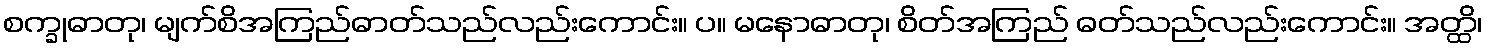
စက္ခုဓာတု၊ မျက်စိအကြည်ဓာတ်သည်လည်းကောင်း။ ပ။ မနောဓာတု၊ စိတ်အကြည် ဓတ်သည်လည်းကောင်း။ အတ္ထိ၊